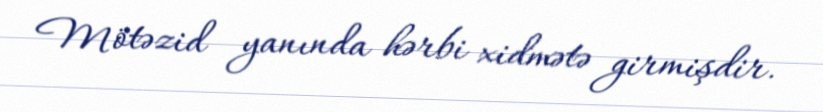
Mötəzid yanında hərbi xidmətə girmişdir.